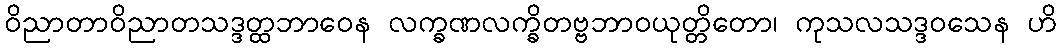
ဝိညာတာဝိညာတသဒ္ဒတ္ထဘာဝေန လက္ခဏလက္ခိတဗ္ဗဘာဝယုတ္တိတော၊ ကုသလသဒ္ဒဝသေန ဟိ